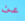
عن